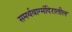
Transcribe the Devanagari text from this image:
समर्थवाग्मंदिरातील